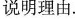
说明理由。